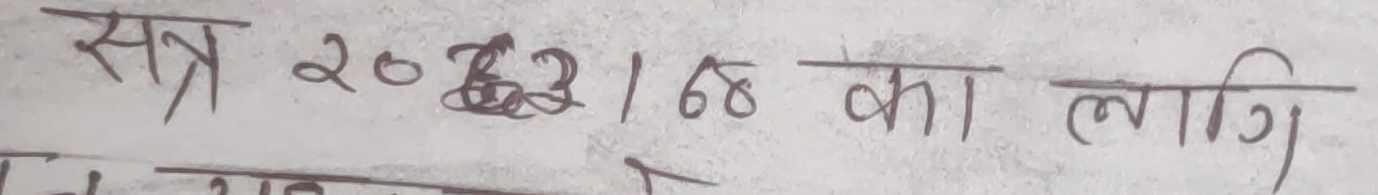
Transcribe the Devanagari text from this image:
सत्र 2023168 का लागि